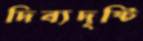
দিব্যদৃষ্টি